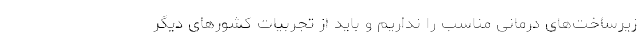
زیرساخت‌های درمانی مناسب را نداریم و باید از تجربیات کشورهای دیگر